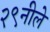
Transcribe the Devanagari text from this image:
२९नीले